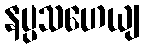
နပ္ပသဟေယျ